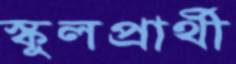
স্কুলপ্রার্থী